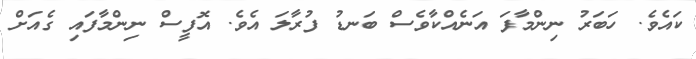
ކައެވެ. ހަބަރު ނިންމާފަ އަނެއްކާވެސް ބަނޑު ފުރާލަ އެވެ. އޮފީސް ނިންމާފައި ގެއަށް